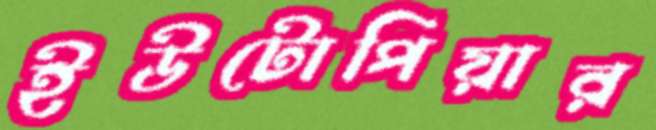
ইউটোপিয়ার